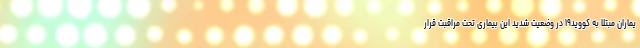
یماران مبتلا به کووید۱۹ در وضعیت شدید این بیماری تحت مراقبت قرار